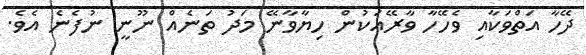
ދޭހާ އަތްވަކާއި ވެހޭހާ ވާރޭއަކުން ހިޔާވާނޭ މަދު ތަނެއް ނޫނީ ނުފެނެ އެވެ.